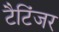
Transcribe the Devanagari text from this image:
टैटिंजर